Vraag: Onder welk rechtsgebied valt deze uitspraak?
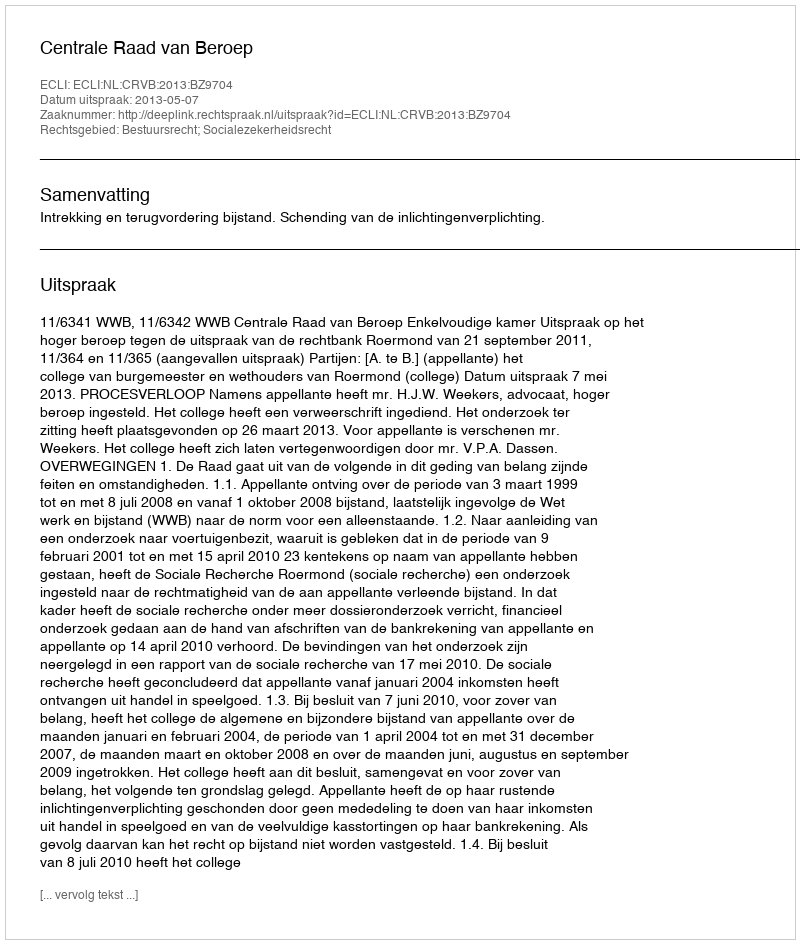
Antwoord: Bestuursrecht; Socialezekerheidsrecht